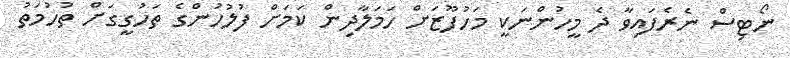
ނޯޓިސް ނެރެފައިވާ ދެ މީހުންނަކީ މަހުފޫޒަށް ހަމަލާދިން ކަމަށް ފުލުހުންގެ ތަހުގީގަށް ތުހުމަތު